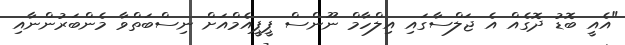
"އެއީ ބޮޑު ދޮގެއް އެ ޖަލްސާގައި އިލްހާމް ނޫންސް ޕީޕީއެމްއަށް ނިސްބަތްވާ މެންބަރުންނާއި